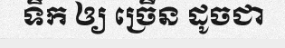
ទឹក ឲ្យ ច្រើន ដូចជា